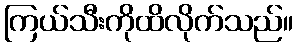
ကြယ်သီးကိုထိလိုက်သည်။